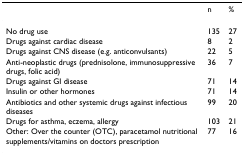
<table><thead><tr><td></td><td><b>n</b></td><td><b>%</b></td></tr></thead><tbody><tr><td>No drug use</td><td>135</td><td>27</td></tr><tr><td>Drugs against cardiac disease</td><td>8</td><td>2</td></tr><tr><td>Drugs against CNS disease (e.g. anticonvulsants)</td><td>22</td><td>5</td></tr><tr><td>Anti-neoplastic drugs (prednisolone, immunosuppressive drugs, folic acid)</td><td>36</td><td>7</td></tr><tr><td>Drugs against GI disease</td><td>71</td><td>14</td></tr><tr><td>Insulin or other hormones</td><td>71</td><td>14</td></tr><tr><td>Antibiotics and other systemic drugs against infectious diseases</td><td>99</td><td>20</td></tr><tr><td>Drugs for asthma, eczema, allergy</td><td>103</td><td>21</td></tr><tr><td>Other: Over the counter (OTC), paracetamol nutritional supplements/vitamins on doctors prescription</td><td>77</td><td>16</td></tr></tbody></table>